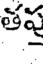
తప్త